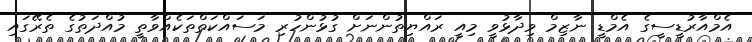
އެމްއާރުޑީސީގެ އެމްޑީ ނާޒިމް ވިދާޅުވީ މިއީ ރައްޔިތުންނަށް ގުޅުންހުރި މަސައްކަތްތަކެއްވާތީ މުއްދަތުގެ ތެރޭގައި